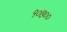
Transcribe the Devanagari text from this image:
१०७००